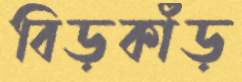
বিড়কাঁড়